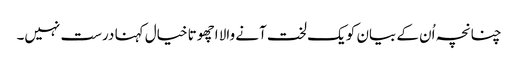
چنانچہ اُن کے بیان کو یک لخت آنے والا اچھوتا خیال کہنا درست نہیں۔